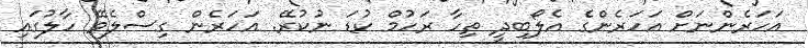
އަހަރެންނަށް އަހަރެންގެ އެލޯބިދީ ތިހާ ރަހުމް ކުޑަ ނުކުރޭ. އަހަރެން ގިސްލެވޭ ހާލުގައި